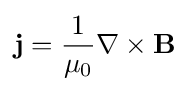
\mathbf {j} ={\frac {1}{\mu _{0}}}\nabla \times \mathbf {B}